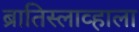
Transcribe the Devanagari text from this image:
ब्रातिस्लाव्हाला